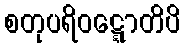
စတုပရိဝဋ္ဋောတိပိ